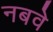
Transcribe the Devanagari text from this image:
नबवे